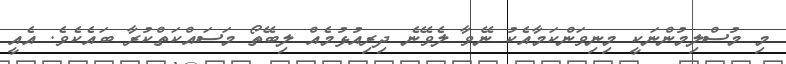
މި މުސްލިމުންނަކީ މިނިވަންކަމާއެކު ނޭވާ ލެވޭނެ ދިރިއުޅުމެއް ލިބޭތޯ މަސައްކަތްކުރާ ބައެކެވެ. އެއީ